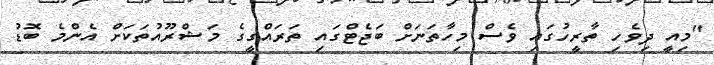
"މިއީ ދިވެހި ތާރީހުގައި ވެސް މިހާތަނަށް ބަޖެޓްގައި ތަރައްގީގެ މަޝްރޫއުތަކަށް އެންމެ ބޮޑު